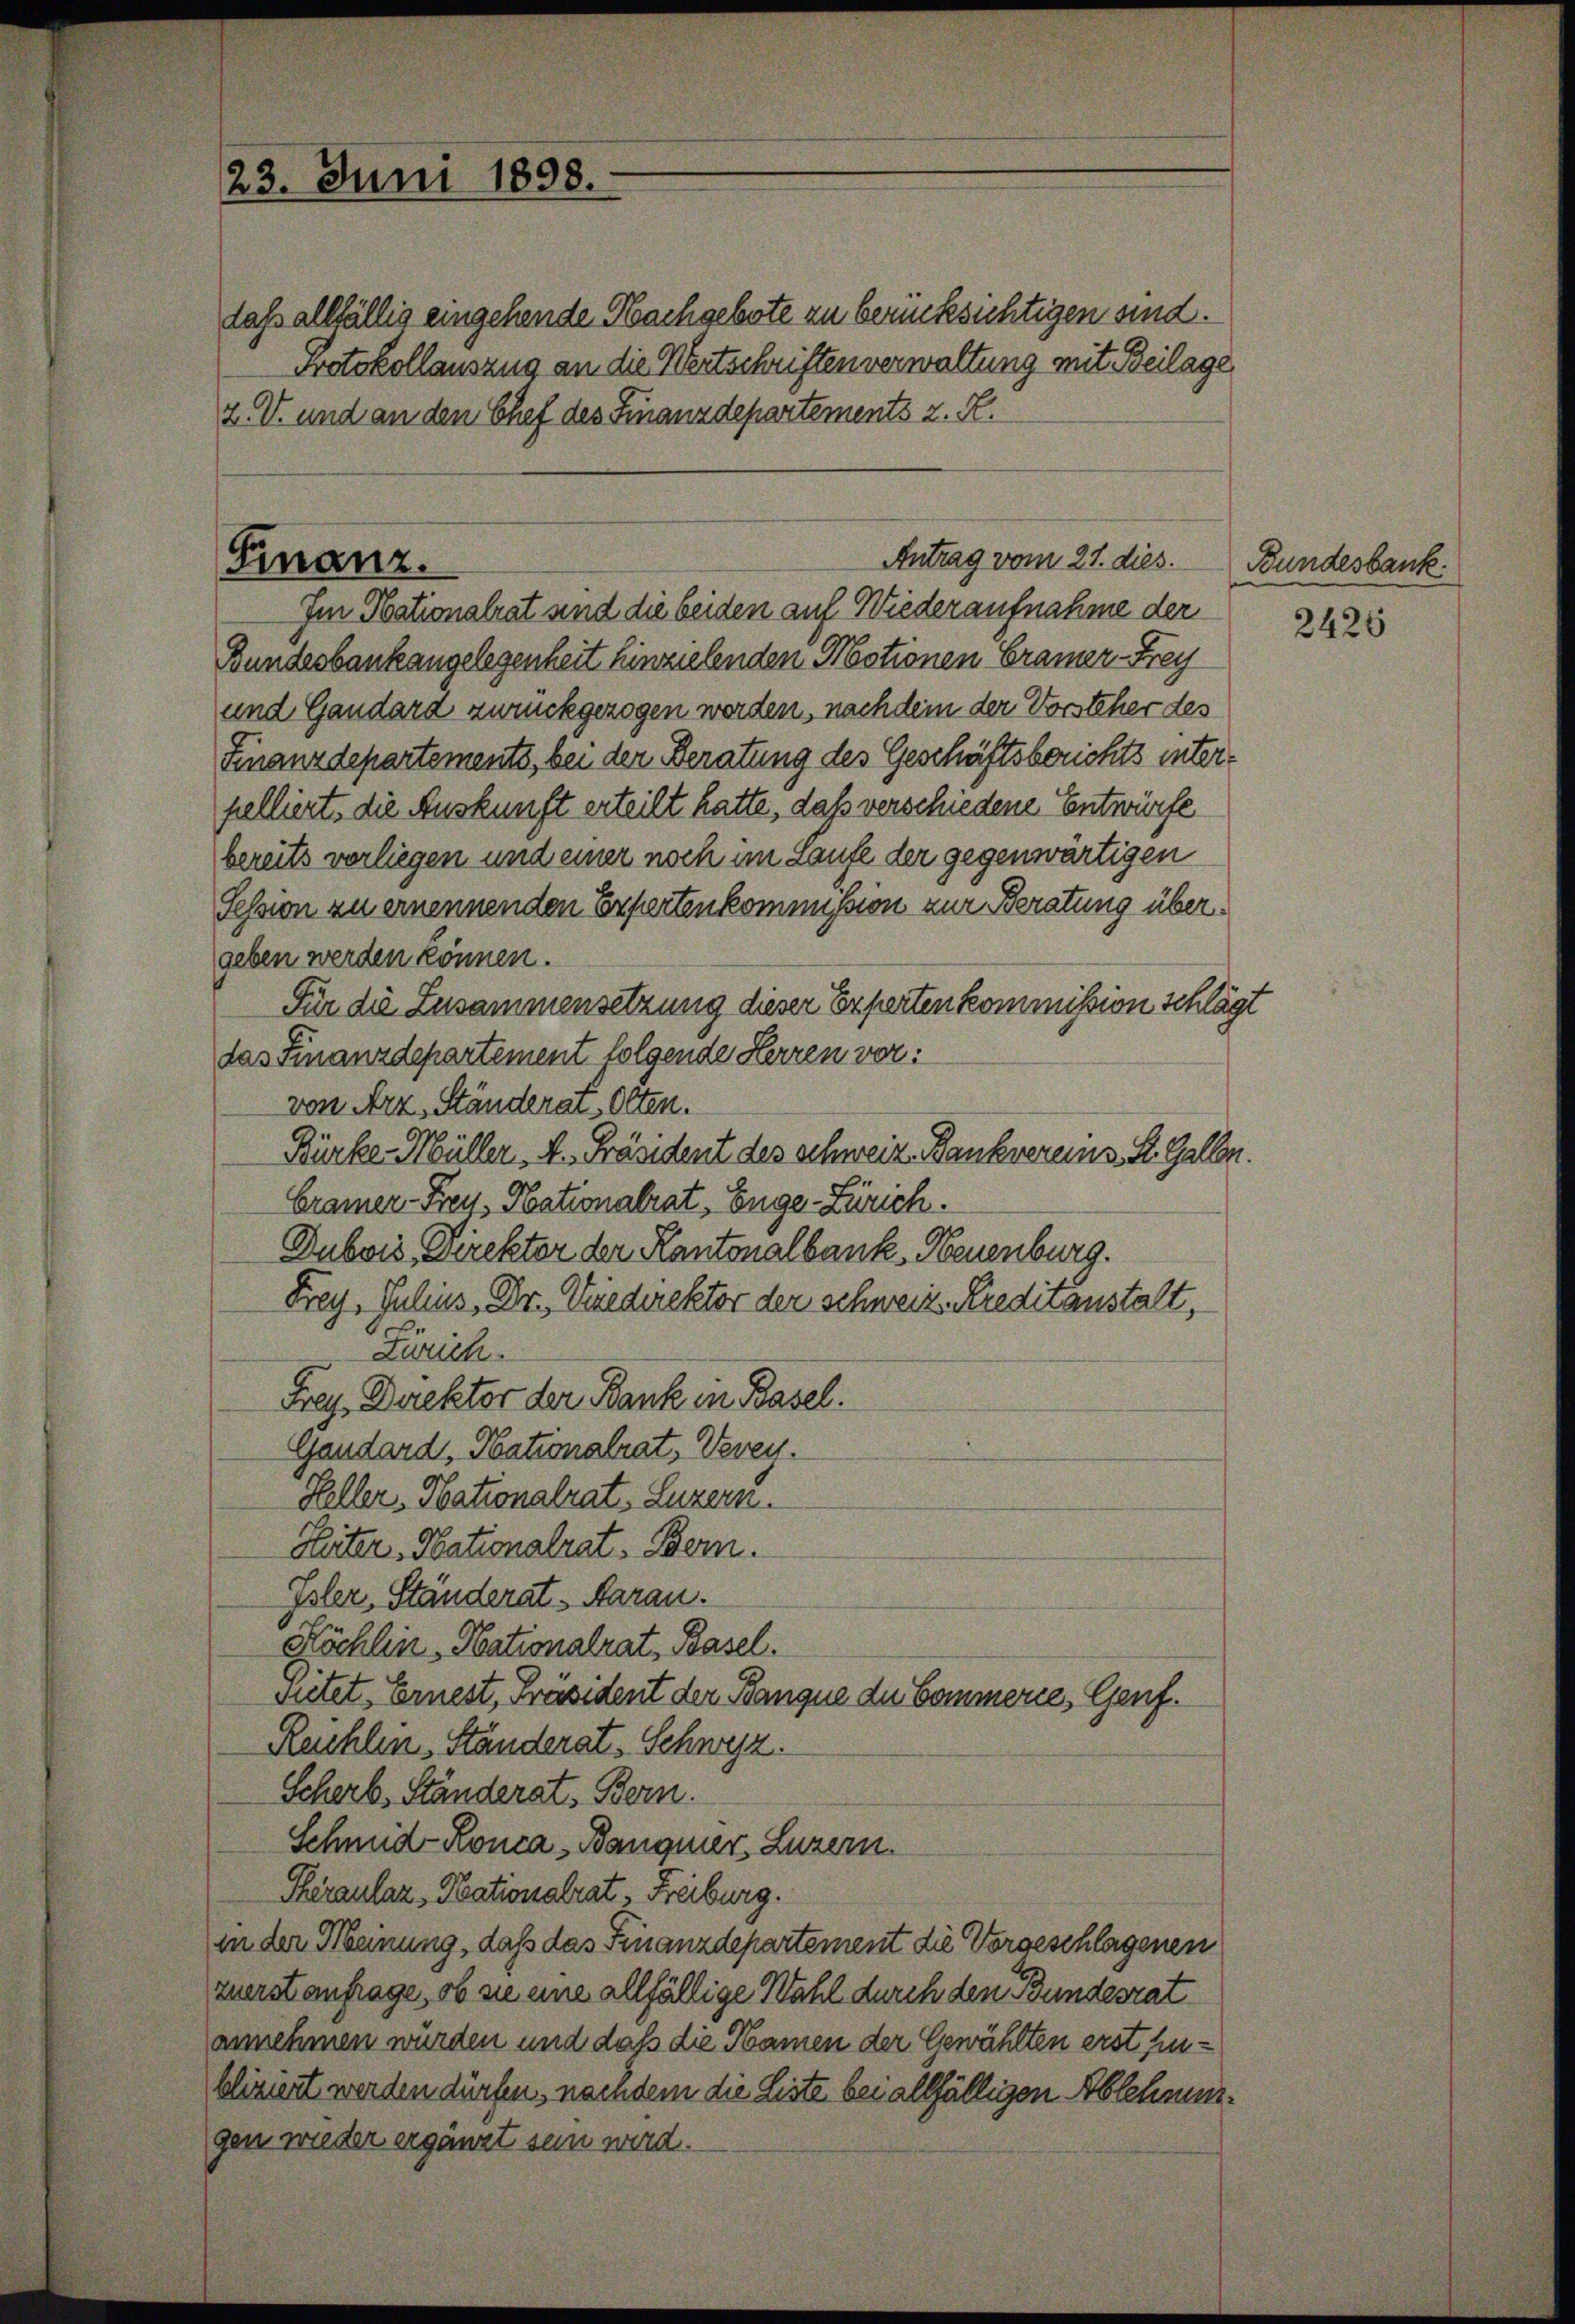
23. Juni 1898.

daß allfällig eingehende Nachgebote zu berücksichtigen sind.
Protokollauszug an die Wertschriften verwaltung mit Beilage
Z. V. und an den Chef des Finanzdepartements z. R.

Im Obationalrat und die beiden auf Wiederaufnahme der
Bundesbank angelegenheit hinzielenden Motionen Cramer-Frey
und Gandard zurückgezogen werden, nachdem der Vorsteher des
Finanzdepartements, bei der Beratung des Geschäftsberichts interpelliert, die Auskunft erteilt hatte, daß verschiedene Entwürfe
bereits vorliegen und einer noch im Laufe der gegenwärtigen
Session zu ernennenden Erfertenkommission zur Beratung übergeben werden können.
Für die Zusammensetzung dieser Experten kommission schlägt
das Finanzdepartement folgende Herren vor:
von Arz, Ständerats Olten.
Bürke-Müller. v. Präsident des Schweiz Bankvereins. St. Galler.
Cramer Frey, Nationalrat, Enge-Zürich.
Dubois, Direktor der Kantonalbank, Neuenburg.
Frey, Julius, Dr. Vicedirektor der schweiz. Kreditanstalt,
Zürich
Frey, Direktor der Bank in Basel.
Gandard, Nationalrat, Verey.
Heller, Nationalrat, Luzern.
Heiter Nationalrat Bern.
Isler, Ständerat Aarau.
Köchlin Nationalrat Basel.
sietet. Ernest, Präsident der Banque de Commerie, Genf.
Rehlen, Ständerat, Schwyz.
Scherb. Ständerat Bern.
Schmid-Ronca-Bangner, Luzern.
Pheraular, Nationalrat, Freiburg.
in der Meinung, daß das Finanzdepartement die Vorgeschlagenen
zuerst anfrage, ob sie eine allfällige Wahl durch den Bundesrat
annehmen wurden und daß die Namen der Gewählten erst hinbliziert werden dürfen, nachdem die Liste bei allfälligen Ablehnunggen wieder ergänzt sein wird.

Finanz.

Antrag vom 21. dies.

Bundesbank.

2426